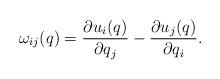
LaTeX: \begin{align*} \omega_{ij}(q) = \frac{\partial u_i(q)}{\partial q_j} - \frac{\partial u_j(q)}{\partial q_i}.\end{align*}